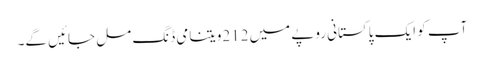
آپ کو ایک پاکستانی روپے میں 212ویتنامی ڈنگ مل جائیں گے۔